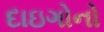
દાઇગોનો